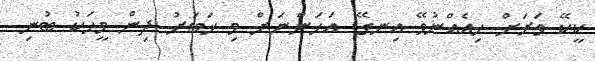
ކީކޭ ވަރަށް ހިއެއްނުވޭ އިނގޭ. އަހަންނަށް މި ޚަބަރު ދިން މީހަކު ބުނި